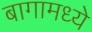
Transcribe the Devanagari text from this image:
बागामध्ये